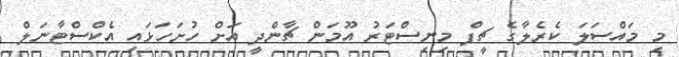
މި މައްސަލަ ކެރެލާގެ ޗީފް މިނިސްޓަރު އޫމަން ޗާންދީ އަށް ހުށަހަޅައި އެކްސްޓާނަލް